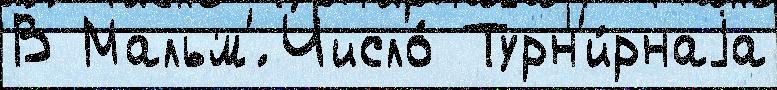
В Мальм'́ Число́ Турн'и́рнаjа